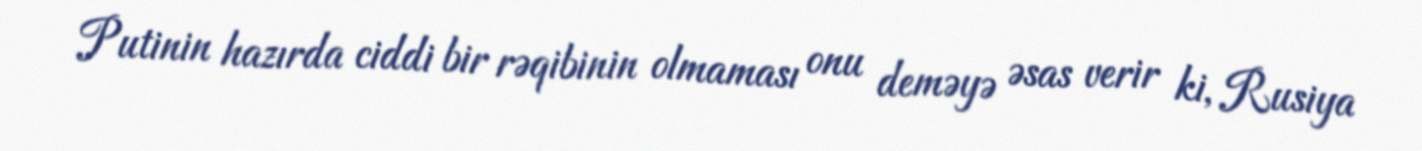
Putinin hazırda ciddi bir rəqibinin olmaması onu deməyə əsas verir ki, Rusiya